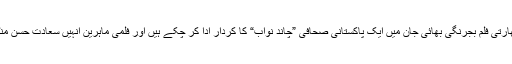
دلچسپ امر یہ ہے کہ نواز الدین صدیقی اس سے قبل بھی بھارتی فلم بجرنگی بھائی جان میں ایک پاکستانی صحافی ”چاند نواب“ کا کردار ادا کر چکے ہیں اور فلمی ماہرین انہیں سعادت حسن منٹو کے کردار کیلئے موزوں ترین اداکار قرار دے رہے ہیں۔